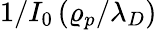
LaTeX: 1/I_{0}\left(\varrho_{p}/\lambda_{D}\right)